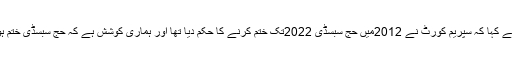
عازمین کو زیادہ مالی بوجھ سے بچانے کی کوشش کی جائے گی:انہوں نے کہا کہ سپریم کورٹ نے 2012میں حج سبسڈی 2022تک ختم کرنے کا حکم دیا تھا اور ہماری کوشش ہے کہ حج سبسڈی ختم ہونے کے بعد بھی عازمین حج کو زیادہ مالی بوجھ کا سامنا نہ کرنا پڑے۔